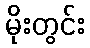
မိုးတွင်း